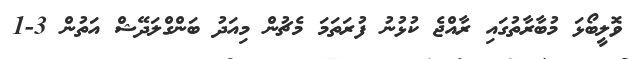
ވޮލީބޯޅަ މުބާރާތުގައި ރާއްޖެ ކުޅުނު ފުރަތަމަ މެޗުން މިއަދު ބަންގްލަދޭޝް އަތުން 3-1